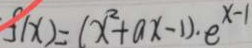
f ( x ) = ( x ^ { 2 } + a x - 1 ) \cdot e ^ { x - 1 }